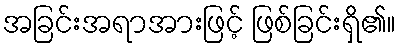
အခြင်းအရာအားဖြင့် ဖြစ်ခြင်းရှိ၏။